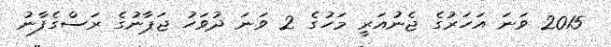
2015 ވަނަ އަހަރުގެ ޖެނުއަރީ މަހުގެ 2 ވަނަ ދުވަހު ޖަޕާނުގެ ރަސްގެފާނު